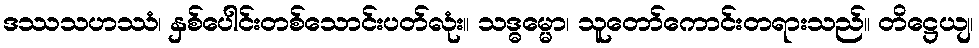
ဒဿသဟဿံ၊ နှစ်ပေါင်းတစ်သောင်းပတ်လုံး။ သဒ္ဓမ္မော၊ သူတော်ကောင်းတရားသည်။ တိဋ္ဌေယျ၊